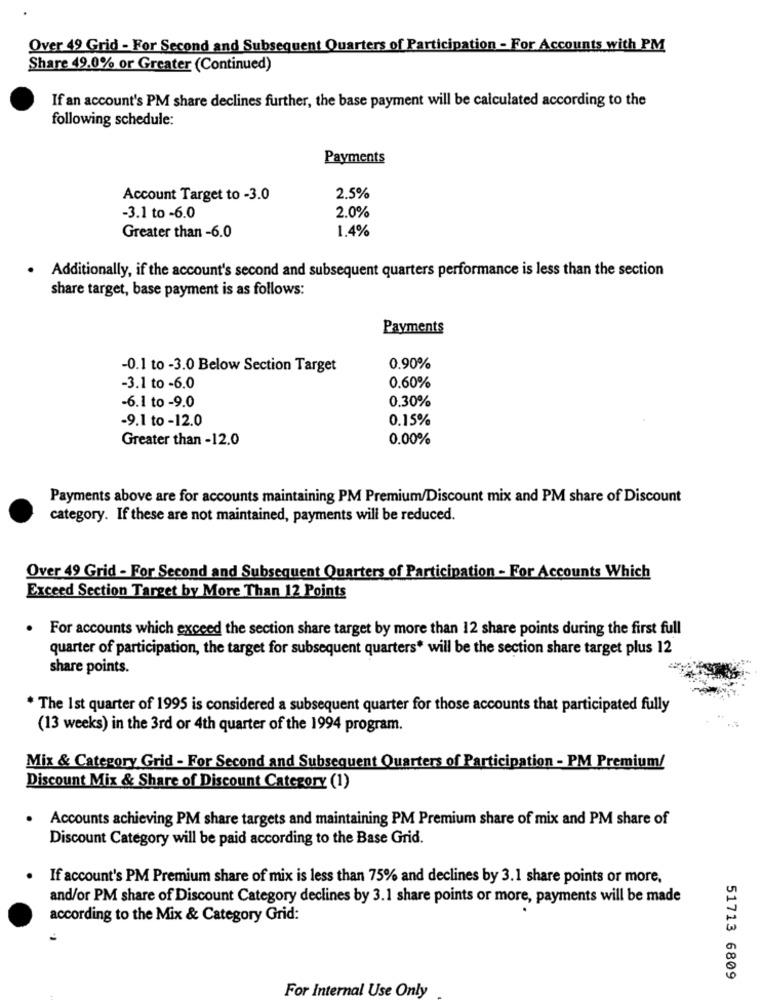
Over 49 Grid - For Second and Subsequent Quarters of Participation - For Accounts with PM
Share 49.0% or Greater (Continued)
If an account's PM share declines further, the base payment will be calculated according to the
following schedule:
Payments
Account Target to -3.0
2.5%
-3.1 to -6.0
2.0%
1.4%
Greater than -6.0
. Additionally, if the account's second and subsequent quarters performance is less than the section
share target, base payment is as follows:
Payments
-0.1 to -3.0 Below Section Target
0.90%
-3.1 to -6.0
0.60%
-6.1 to -9.0
0.30%
-9.1 to -12.0
0.15%
Greater than -12.0
0.00%
Payments above are for accounts maintaining PM Premium/Discount mix and PM share of Discount
category. If these are not maintained, payments will be reduced.
Over 49 Grid - For Second and Subsequent Quarters of Participation - For Accounts Which
Exceed Section Target by More Than 12 Points
. For accounts which exceed the section share target by more than 12 share points during the first full
quarter of participation, the target for subsequent quarters* will be the section share target plus 12
share points.
* The 1st quarter of 1995 is considered a subsequent quarter for those accounts that participated fully
(13 weeks) in the 3rd or 4th quarter of the 1994 program.
Mix & Category Grid - For Second and Subsequent Quarters of Participation - PM Premium/
Discount Mix & Share of Discount Category (1)
Accounts achieving PM share targets and maintaining PM Premium share of mix and PM share of
Discount Category will be paid according to the Base Grid.
If account's PM Premium share of mix is less than 75% and declines by 3.1 share points or more,
and/or PM share of Discount Category declines by 3.1 share points or more, payments will be made
according to the Mix & Category Grid:
51713 6809
For Internal Use Only